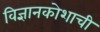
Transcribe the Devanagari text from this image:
विज्ञानकोशाची